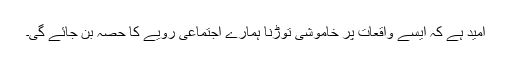
امید ہے کہ ایسے واقعات پر خاموشی توڑنا ہمارے اجتماعی رویے کا حصہ بن جائے گی۔